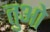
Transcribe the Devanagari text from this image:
तुओ